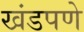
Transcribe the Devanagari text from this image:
खंडपणे